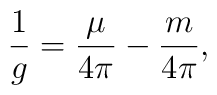
\frac{1}{g} =\frac{\mu}{4\pi} -\frac{m}{4\pi},